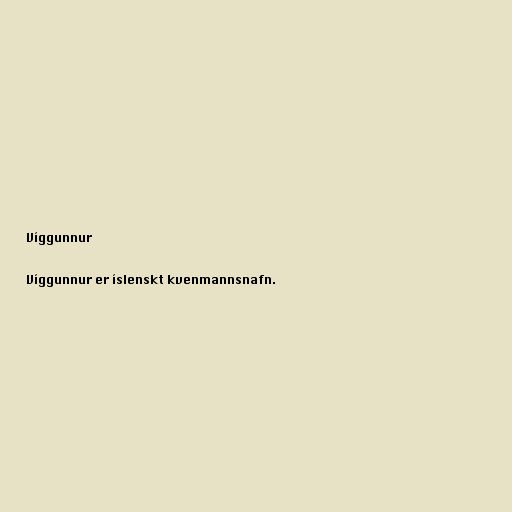
Víggunnur

Víggunnur er íslenskt kvenmannsnafn.